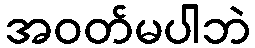
အဝတ်မပါဘဲ